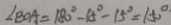
\angle B O A = 1 8 0 ^ { \circ } - 1 5 ^ { \circ } - 1 5 ^ { \circ } = 1 5 0 ^ { \circ }